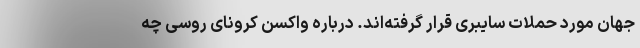
جهان مورد حملات سایبری قرار گرفته‌اند. درباره واکسن کرونای روسی چه